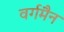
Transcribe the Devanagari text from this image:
वर्गमैन